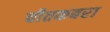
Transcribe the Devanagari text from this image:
चीतकबरा